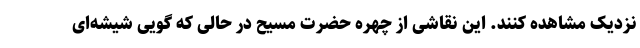
نزدیک مشاهده کنند. این نقاشی از چهره حضرت مسیح در حالی که گویی شیشه‌ای